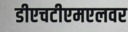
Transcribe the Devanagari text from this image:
डीएचटीएमएलवर